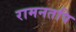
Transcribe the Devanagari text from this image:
रामनतपि